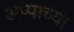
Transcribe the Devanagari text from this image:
अप्पाच्या